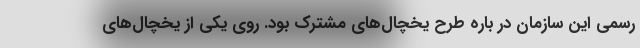
رسمی این سازمان در باره طرح یخچال‌های مشترک بود. روی یکی از یخچال‌های